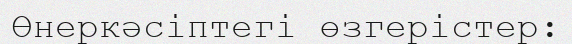
Өнеркәсіптегі өзгерістер: